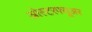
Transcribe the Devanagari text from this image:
ओस्टरफ्यूअर